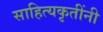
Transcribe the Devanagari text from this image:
साहित्यकृतींनी